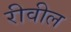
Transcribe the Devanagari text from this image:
रीवील